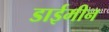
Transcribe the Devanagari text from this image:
डाईमीन